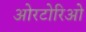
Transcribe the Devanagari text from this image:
ओरटोरिओ